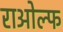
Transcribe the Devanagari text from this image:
राओल्फ